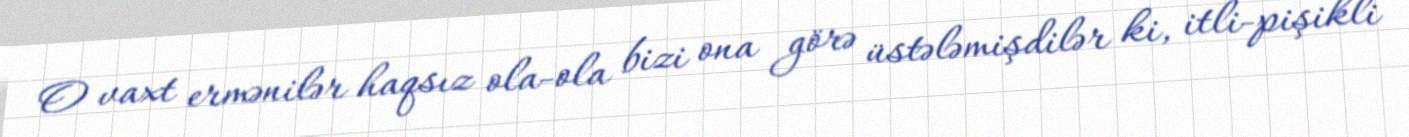
O vaxt ermənilər haqsız ola-ola bizi ona görə üstələmişdilər ki, itli-pişikli